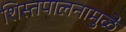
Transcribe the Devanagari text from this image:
शिस्तपालनामुळे